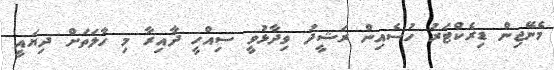
މެނޭޖިން ޑިރެކްޓަރު ހުސެއިން ރަޝީދު ވިދާޅުވީ ސިއްހީ ދާއިރާ މި ހާލަތަށް ދިޔައީ